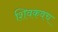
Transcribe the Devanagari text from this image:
शिवकवच